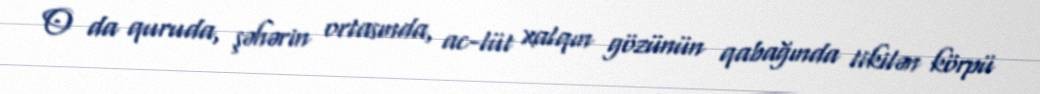
O da quruda, şəhərin ortasında, ac-lüt xalqın gözünün qabağında tikilən körpü